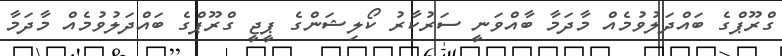
ގްރޫޕްގެ ބައްދަލުވުމެއް މާދަމާ ބާއްވަނީ ސަރުކާރު ކޯލިޝަންގެ ޕީޖީ ގްރޫޕްގެ ބައްދަލުވުމެއް މާދަމާ